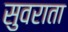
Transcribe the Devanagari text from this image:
सुवराता